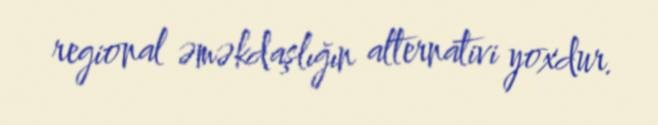
regional əməkdaşlığın alternativi yoxdur.